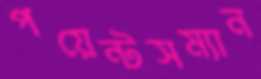
পয়েন্টসম্যান